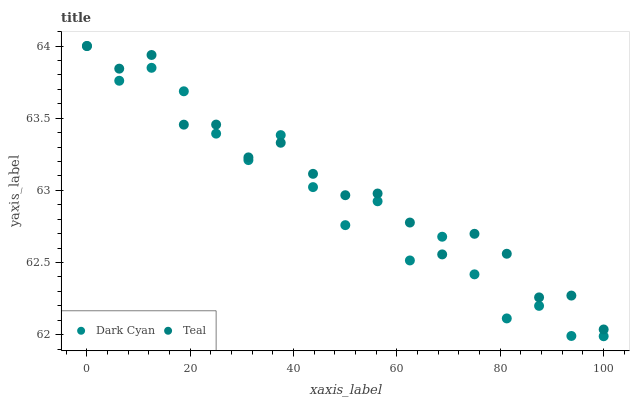
| xaxis_label | Dark Cyan | Teal |
 | --- | --- | --- |
 | 0 | 64 | 64 |
 | 6.25 | 63.8 | 63.8 |
 | 12.5 | 63.8 | 63.9 |
 | 18.8 | 63.7 | 63.5 |
 | 25 | 63.4 | 63.5 |
 | 31.2 | 63.2 | 63.2 |
 | 37.5 | 63.4 | 63.3 |
 | 43.8 | 63 | 63.1 |
 | 50 | 62.8 | 63 |
 | 56.2 | 62.9 | 63 |
 | 62.5 | 62.5 | 62.8 |
 | 68.8 | 62.7 | 62.6 |
 | 75 | 62.4 | 62.7 |
 | 81.2 | 62.1 | 62.6 |
 | 87.5 | 62.2 | 62.3 |
 | 93.8 | 62 | 62.3 |
 | 100 | 62 | 62 |